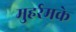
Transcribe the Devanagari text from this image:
मुहर्रमके